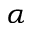
\alpha